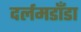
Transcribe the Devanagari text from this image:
दर्लमडाँडा